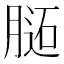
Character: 𰗊